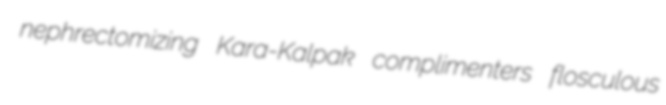
nephrectomizing Kara-Kalpak complimenters flosculous